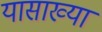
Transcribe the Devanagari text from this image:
यासाख्या